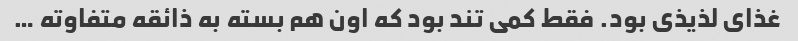
غذای لذیذی بود. فقط کمی تند بود که اون هم بسته به ذائقه متفاوته …